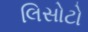
લિસોટો